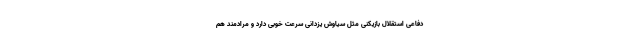
دفاعی استقلال بازیکنی مثل سیاوش یزدانی سرعت خوبی دارد و مرادمند هم